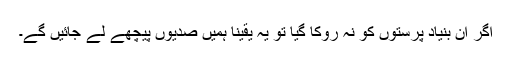
اگر ان بنیاد پرستوں کو نہ روکا گیا تو یہ یقیناً ہمیں صدیوں پیچھے لے جائیں گے۔